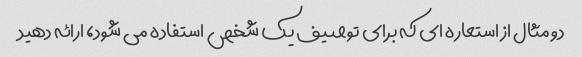
دو مثال از استعاره ای که برای توصیف یک شخص استفاده می شود، ارائه دهید